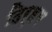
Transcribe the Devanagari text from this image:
दिर्हम